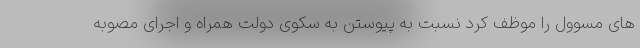
های مسوول را موظف کرد نسبت به پیوستن به سکوی دولت همراه و اجرای مصوبه